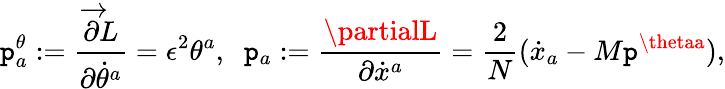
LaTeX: \mathtt{p}_{a}^{\theta}:=\frac{{\overrightarrow{{\partial}}L}}{{\partial{\dot{{\theta}}^{a}}}}=\epsilon^{2}\theta^{a},\; \; \mathtt{p}_{a}:=\frac{{\partialL}}{{\partial\dot{{x}}^{a}}}=\frac{{2}}{{N}}(\dot{{x}}_{a}-M\mathtt{p}^{\thetaa}),